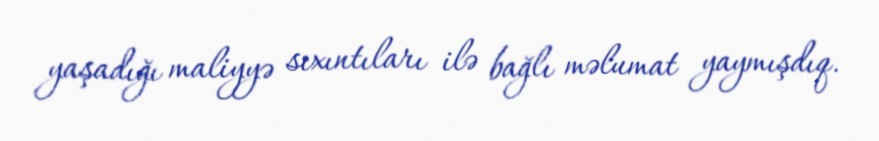
yaşadığı maliyyə sıxıntıları ilə bağlı məlumat yaymışdıq.